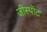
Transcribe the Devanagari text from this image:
जीस्पॉट